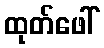
ထုတ်ဖေါ်